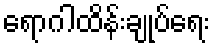
ရောဂါထိန်းချုပ်ရေး